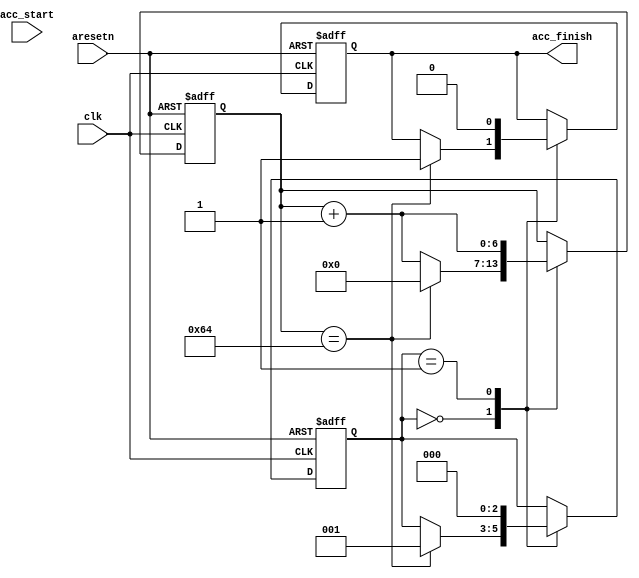
module accelerator_adapter_test(
    input clk,
    input aresetn,
    
    // TO/FROM controller
    input                 acc_start,
    output reg            acc_finish

);

reg [6:0]       tmp_cycle_count;
reg [2:0]       current_state;

localparam      WAIT_CYCLES = 7'd100;

localparam      state_idle  = 3'b0,
                state_ack   = 3'b1;

always @(posedge clk or negedge aresetn) begin
    if(~aresetn) begin
        acc_finish <= 1'b0;
        tmp_cycle_count <= 7'b0;
        current_state <= state_idle;
    end
    else begin
        case (current_state)
            state_idle: begin
                tmp_cycle_count <= tmp_cycle_count + 1;
                if (tmp_cycle_count == WAIT_CYCLES) begin
                    acc_finish <= 1'b1;
                    tmp_cycle_count <= 7'b0;

                    current_state <= state_ack;
                end
            end 

            state_ack: begin
                tmp_cycle_count <= tmp_cycle_count + 1;

                acc_finish <= 1'b0;
                
                current_state <= state_idle;
            end
        endcase
        
    end
end

endmodule